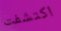
اكتشفت